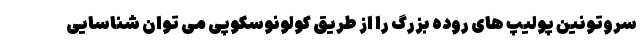
سروتونین پولیپ های روده بزرگ را از طریق کولونوسکوپی می توان شناسایی